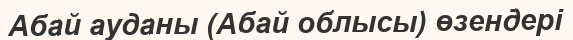
Абай ауданы (Абай облысы) өзендері